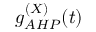
g _ { A H P } ^ { ( X ) } ( t )